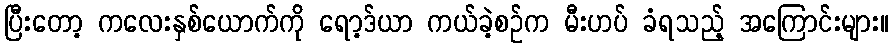
ပြီးတော့ ကလေးနှစ်ယောက်ကို ရော့ဒ်ယာ ကယ်ခဲ့စဉ်က မီးဟပ် ခံရသည့် အကြောင်းများ။